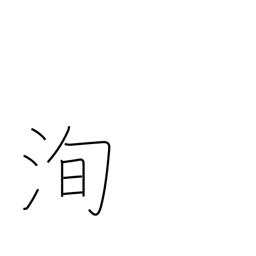
Meaning: truth